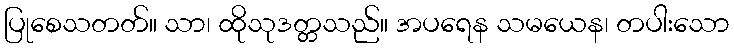
ပြုစေသတတ်။ သာ၊ ထိုသုဒတ္တသည်။ အပရေန သမယေန၊ တပါးသော